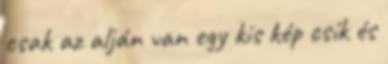
csak az alján van egy kis kép csík és